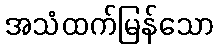
အသံထက်မြန်သော